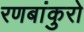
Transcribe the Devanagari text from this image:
रणबांकुरो